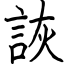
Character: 詼